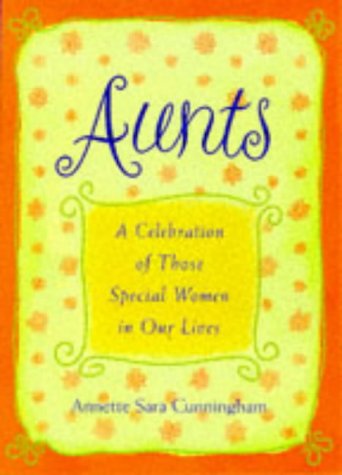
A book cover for Aunts: A Celebration of Those Special Women in Our Lives; Annette Sara Cunningham; Parenting & Relationships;